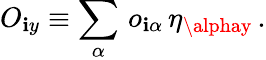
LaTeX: O_{\mathbf{i}y}\equiv\sum_{\alpha}\, o_{\mathbf{i}\alpha}\, \eta_{\alphay}\, .